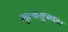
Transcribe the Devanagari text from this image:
शुल्बसूत्रकार